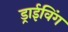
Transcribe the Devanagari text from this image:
ड्राईविंग